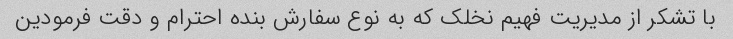
با تشکر از مدیریت فهیم نخلک که به نوع سفارش بنده احترام و دقت فرمودین